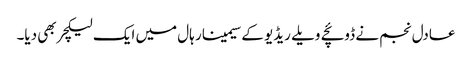
عادل نجم نے ڈوئچے ویلے ریڈیو کے سیمینار ہال میں ایک لیکچر بھی دیا۔